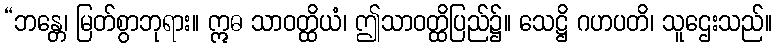
“ဘန္တေ၊ မြတ်စွာဘုရား။ ဣဓ သာဝတ္ထိယံ၊ ဤသာဝတ္ထိပြည်၌။ သေဋ္ဌိ ဂဟပတိ၊ သူဌေးသည်။